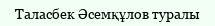
Таласбек Әсемқұлов туралы